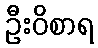
ဦးဝိစာရ